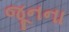
જૂનના